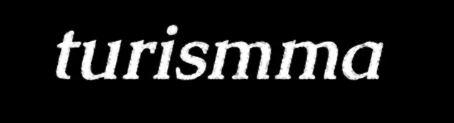
turismma